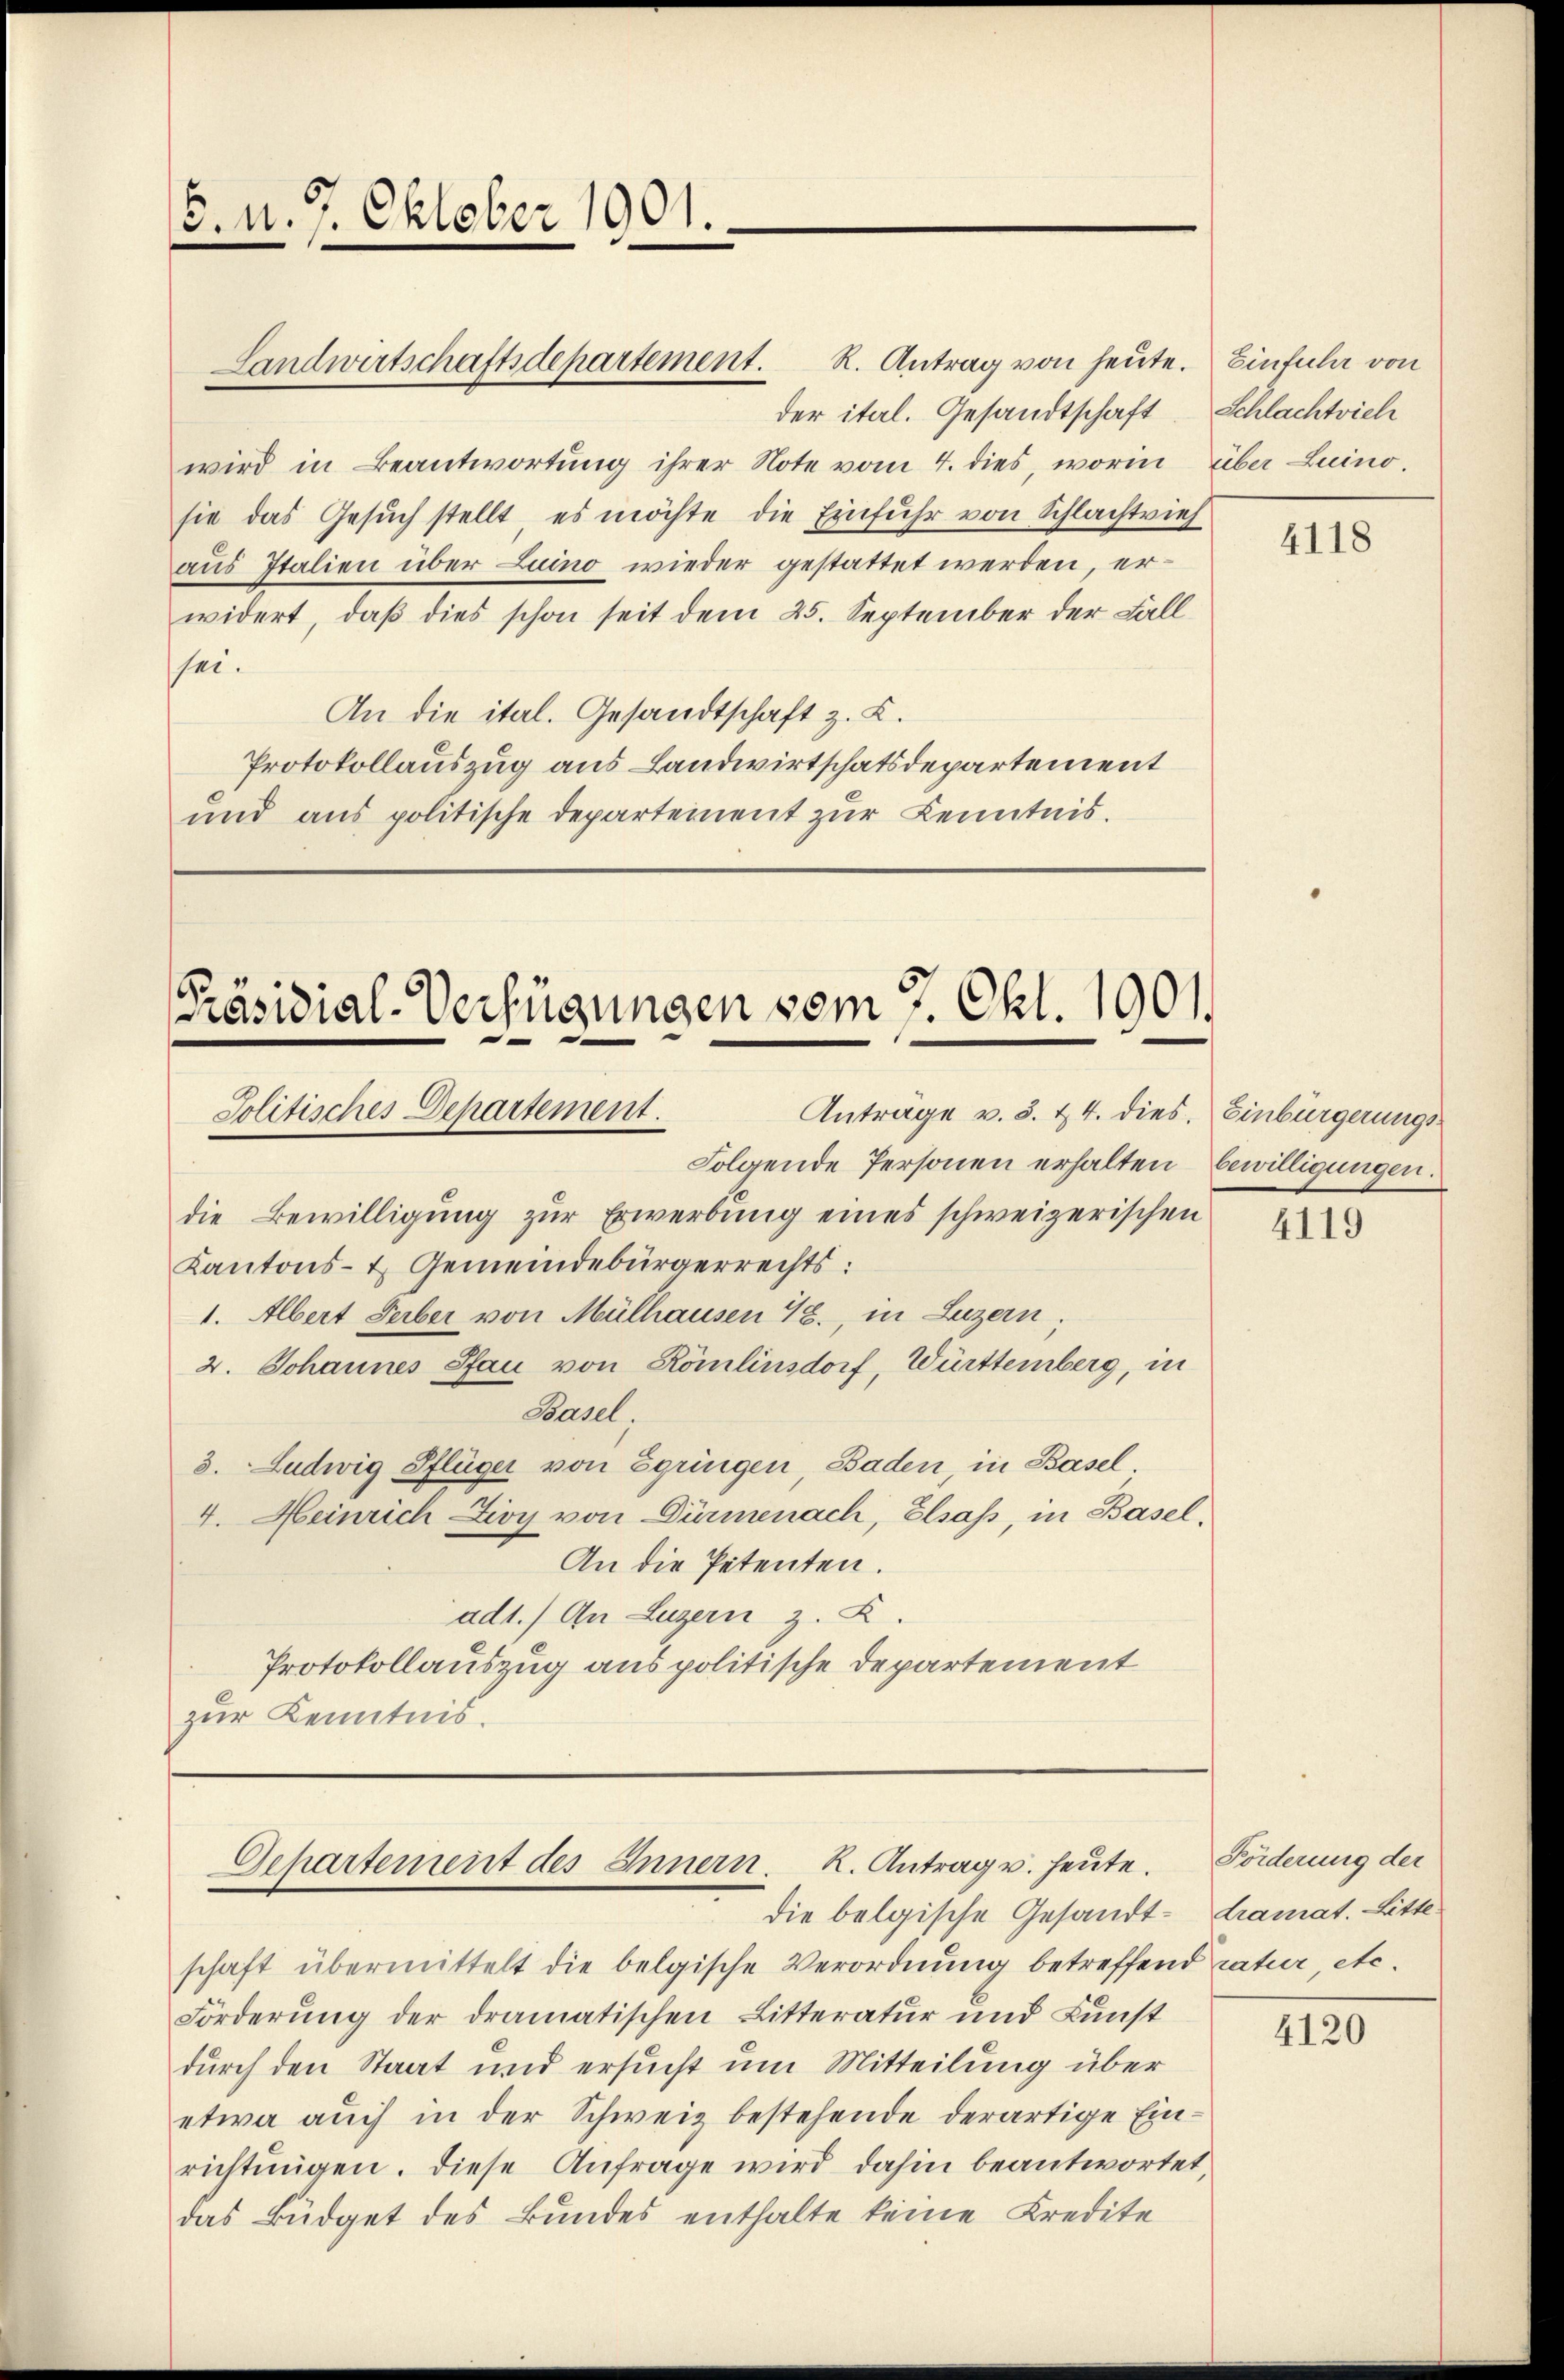
6. d. 7. Oktober 1901.

Landwirtschaftsdepartement. R. Antrag von heute. Einfula von
der ital. Gesandtschaft Schlachtrich
wird in Beantwortung ihrer Note vom 4. dies, worin über Luino.
sie das Gesuch stellt, es möchte die Einfuhr von Schlachtvieh
aus Italien über Luino wieder gestattet werden, erwidert, daß dies schon seit dem 25. September der Fall
sei.
An die ital. Gesandtschaft z. K.
Protokollauszug aus Landwirtschatsdepartement
und aus politische Departement zur Kenntnis.

Präsidial-Verfügungen vom 7. Okt. 1901.
Jolitisches Departement.

die Bewilligung zŭr Erwerbung eines schweizerischen
Kantons- & Gemeindebürgerrechts:
1. Albert Serber von Mülhausen 4., in Luzern.
2. Johannes Pfau von Römlinsdorf, Württemberg, in
Basel
3. Ludwig Pflüger von Sgringen, Baden, in Basel
4. Heinrich Lioy von Dürmenach, Elsass, in Basel,
An die Petenten.
ad1.) An Luzern z. Z.
Protokollauszug aus politische Departement
zur Kenntnis.

Anträge v. 3. & 4. dies. Einbürgerungs¬
Folgende Personen erhalten, bewilligungen.

Gepartement des Innern. K. Antrag v. heute.
die belgische Gesandt- dramat. Litte¬

schaft übermittelt die belgische Verordnung betreffend ratur, etc.
Forderung der dramatischen Litteratur und Kunst
durch den Staat und ersucht um Mitteilung über
etwa auch in der Schweiz bestehende derartige Einrichtŭngen. Diese Anfrage wird dahin beantwortet,
das Büdget des Bundes enthalte keine Kredite

4118

4119

Förderung der

4120